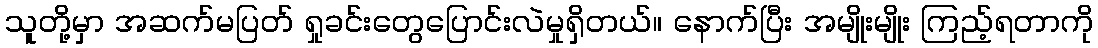
သူတို့မှာ အဆက်မပြတ် ရှုခင်းတွေပြောင်းလဲမှုရှိတယ်။ နောက်ပြီး အမျိုးမျိုး ကြည့်ရတာကို